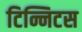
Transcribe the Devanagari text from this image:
टिन्निटस